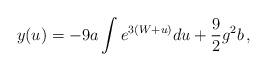
LaTeX: \begin{align*}y(u) = -9a \int e^{3(W + u)} du + \frac 92 g^2 b\,,\end{align*}